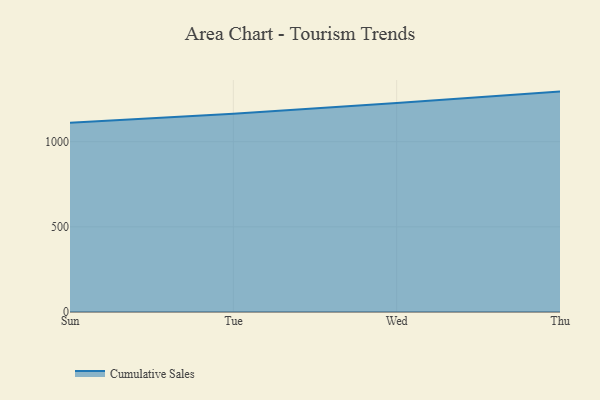
{"axis": {"x": "Day", "y": "Net Income (USD K)"}, "legend": ["Cumulative Sales"], "data": [{"x": "Sun", "y": 1110.6, "type": "Cumulative Sales"}, {"x": "Tue", "y": 1164.6, "type": "Cumulative Sales"}, {"x": "Wed", "y": 1227.2, "type": "Cumulative Sales"}, {"x": "Thu", "y": 1294.2, "type": "Cumulative Sales"}]}